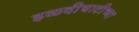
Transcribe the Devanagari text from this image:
हळदीघाटीच्या